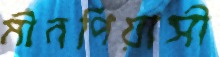
মীনপিয়াসী